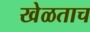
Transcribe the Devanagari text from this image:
खेळताच